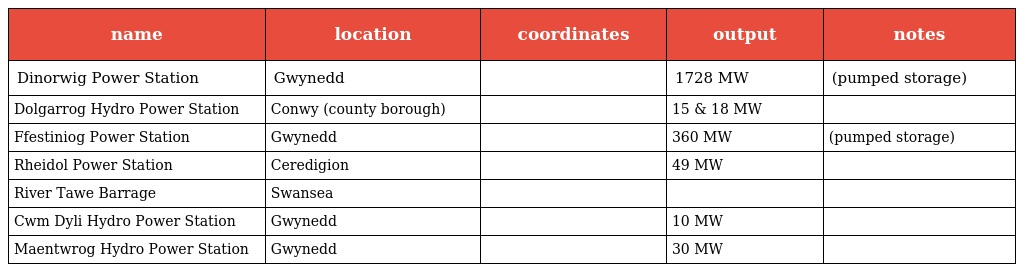
| name | location | coordinates | output | notes |
 | --- | --- | --- | --- | --- |
 | Dinorwig Power Station | Gwynedd |  | 1728 MW | (pumped storage) |
 | Dolgarrog Hydro Power Station | Conwy (county borough) |  | 15 & 18 MW |  |
 | Ffestiniog Power Station | Gwynedd |  | 360 MW | (pumped storage) |
 | Rheidol Power Station | Ceredigion |  | 49 MW |  |
 | River Tawe Barrage | Swansea |  |  |  |
 | Cwm Dyli Hydro Power Station | Gwynedd |  | 10 MW |  |
 | Maentwrog Hydro Power Station | Gwynedd |  | 30 MW |  |